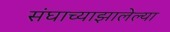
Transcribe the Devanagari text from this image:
संघाच्याझालेल्या